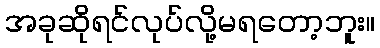
အခုဆိုရင်လုပ်လို့မရတော့ဘူး။